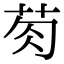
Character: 𮎯